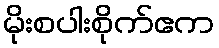
မိုးစပါးစိုက်ဧက